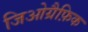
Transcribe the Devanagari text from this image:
जिओग्रैफ़िक